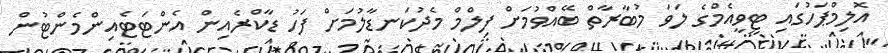
އޮލިމްޕަހުގައި ޓީވީއެމްގެ ލަވަ މުބާރާތް ބޭއްވުމަށް ފިލްމް މެދުކަނޑާލުމަށް ފަހު ޑާކްރެއިން އެންޓަޓެއިންމެންޓުން